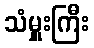
သံမှူးကြီး